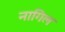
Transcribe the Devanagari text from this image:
नागिल